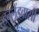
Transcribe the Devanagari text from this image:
इंग्लेंडवासी